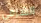
الشرقى